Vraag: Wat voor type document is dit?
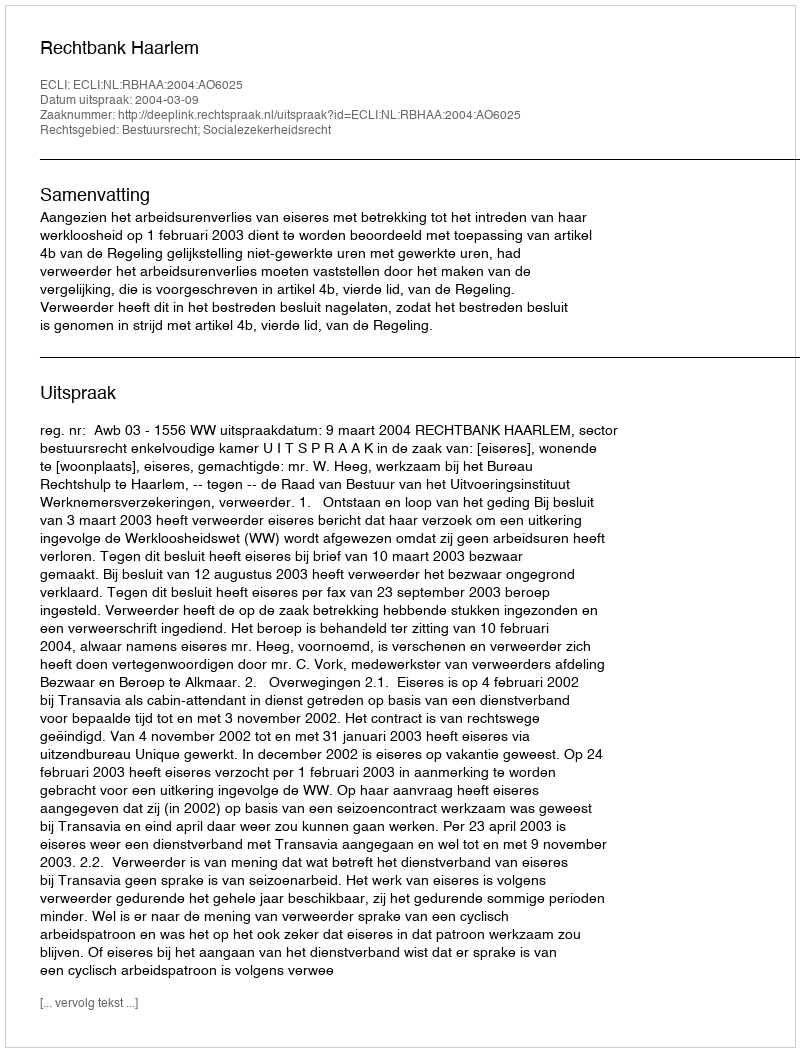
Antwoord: Uitspraak